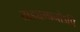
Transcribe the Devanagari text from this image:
ताड्यमानोऽपि